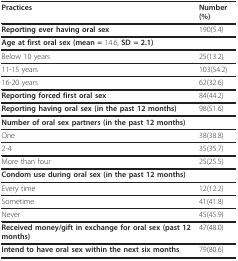
| Practices | Number (%) |
 | --- | --- |
 | Reporting ever having oral sex | 190(5.4) |
 | Age at first oral sex (mean = 14.6, SD = 2.1) |  |
 | Below 10 years | 25(13.2) |
 | 11-15 years | 103(54.2) |
 | 16-20 years | 62(32.6) |
 | Reporting forced first oral sex | 84(44.2) |
 | Reporting having oral sex (in the past 12 months) | 98(51.6) |
 | Number of oral sex partners (in the past 12 months) |  |
 | One | 38(38.8) |
 | 2-4 | 35(35.7) |
 | More than four | 25(25.5) |
 | Condom use during oral sex (in the past 12 months) |  |
 | Every time | 12(12.2) |
 | Sometime | 41(41.8) |
 | Never | 45(45.9) |
 | Received money/gift in exchange for oral sex (past 12 months) | 47(48.0) |
 | Intend to have oral sex within the next six months | 79(80.6) |